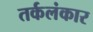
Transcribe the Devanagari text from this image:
तर्कलंकार